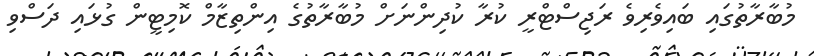
މުބާރާތުގައި ބައިވެރިވެ ރަޖިސްޓްރީ ކުރާ ކުދިންނަށް މުބާރާތުގެ އިންތިޒާމް ކޮމިޓީން ގުޅައި ދަސްވި